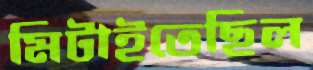
মিটাইতেছিল